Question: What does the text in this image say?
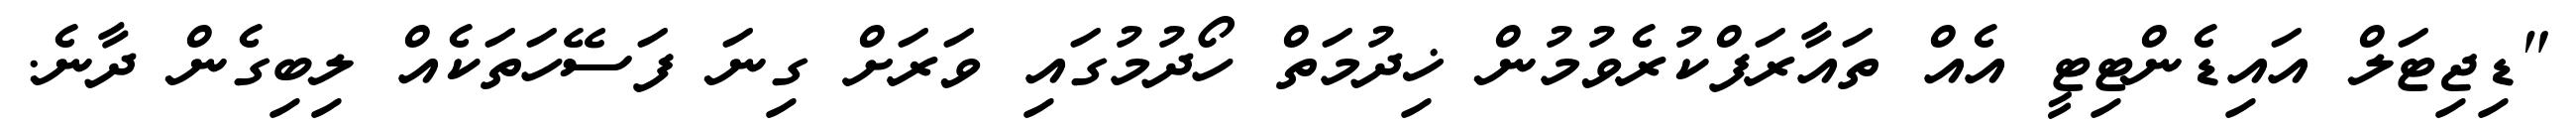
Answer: "ޑިޖިޓަލް އައިޑެންޓިޓީ އެއް ތައާރަފްކުރެވުމުން ޚިދުމަތް ހޯދުމުގައި ވަރަށް ގިނަ ފަސޭހަތަކެއް ލިބިގެން ދާނެ.